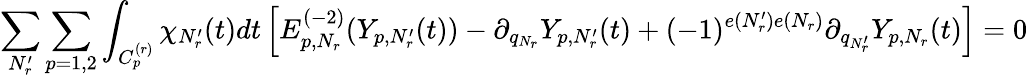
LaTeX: \sum_{N_{r}^{\prime}}\sum_{p=1,2}\int_{C_{p}^{(r)}}\chi_{N_{r}^{\prime}}(t)dt\left[E_{p,N_{r}}^{(-2)}(Y_{p,N_{r}^{\prime}}(t))-\partial_{q_{N_{r}}}Y_{p,N_{r}^{\prime}}(t)+(-1)^{e(N_{r}^{\prime})e(N_{r})}\partial_{q_{N_{r}^{\prime}}}Y_{p,N_{r}}(t)\right]=0